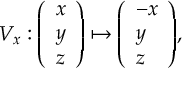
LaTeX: V _ { x } : { \left( \begin{array} { l } { x } \\ { y } \\ { z } \end{array} \right) } \mapsto { \left( \begin{array} { l } { - x } \\ { y } \\ { z } \end{array} \right) } ,